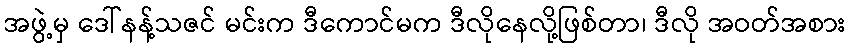
အဖွဲ့မှ ဒေါ်နန့်သဇင် မင်းက ဒီကောင်မက ဒီလိုနေလို့ဖြစ်တာ၊ ဒီလို အဝတ်အစား